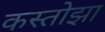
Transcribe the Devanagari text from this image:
कस्तोझा